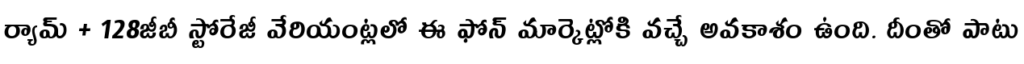
ర్యామ్ + 128జీబీ స్టోరేజీ వేరియంట్లలో ఈ ఫోన్ మార్కెట్లోకి వచ్చే అవకాశం ఉంది. దీంతో పాటు